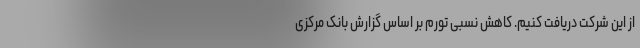
از این شرکت دریافت کنیم. کاهش نسبی تورم بر اساس گزارش بانک مرکزی